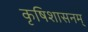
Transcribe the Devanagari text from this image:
कृषिशासनम्